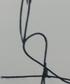
Signature authenticity: forged